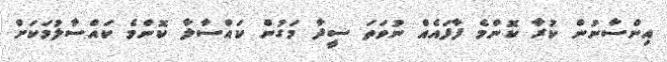
އިންސާނުން ކުރާ ކޮންމެ ފާފައެއް ނުވަތަ ސީދާ މަގުން ކައްސާލާ ކޮންމެ ކައްސާލުމަކަށް